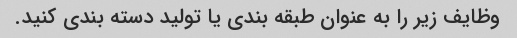
وظایف زیر را به عنوان طبقه بندی یا تولید دسته بندی کنید.